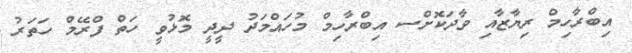
އިބްރާހިމް ރިޔާޒާއި ވާދަކޮށްސ އިބްރާހިމް މުހައްމަދު ދީދީ މޮޅުވީ ހަތް ފްރޭމް ހަތަރު